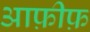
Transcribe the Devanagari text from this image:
आफ़ीफ़